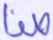
صفا